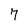
Character: 7